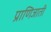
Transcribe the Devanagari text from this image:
प्राणिजाती